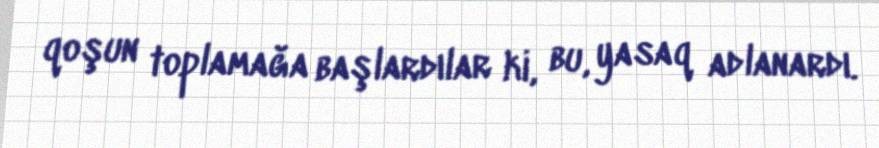
qoşun toplamağa başlardılar ki, bu, yasaq adlanardı.